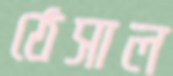
ঠেসাল